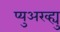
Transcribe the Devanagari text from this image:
प्युअरव्ह्यु